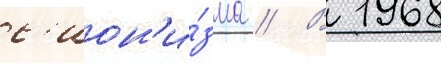
с'ион'и́зма // В 1968